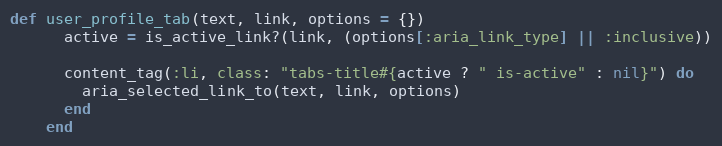
Language: Ruby
def user_profile_tab(text, link, options = {})
      active = is_active_link?(link, (options[:aria_link_type] || :inclusive))

      content_tag(:li, class: "tabs-title#{active ? " is-active" : nil}") do
        aria_selected_link_to(text, link, options)
      end
    end